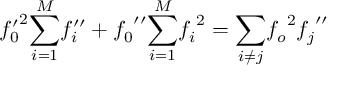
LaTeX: { f _ { 0 } ^ { \prime } } ^ { 2 } { \sum _ { i = 1 } ^ { M } } { f _ { i } ^ { \prime \prime } } + { f _ { 0 } } ^ { \prime \prime } { \sum _ { i = 1 } ^ { M } } { f _ { i } } ^ { 2 } = { \sum _ { i \ne j } } { f _ { o } } ^ { 2 } { f _ { j } } ^ { \prime \prime }